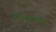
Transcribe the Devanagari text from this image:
रेडियोलॉंजी